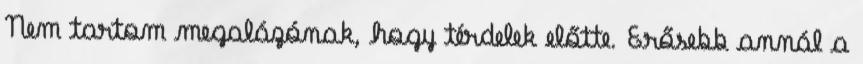
Nem tartom megalázónak, hogy térdelek előtte. Erősebb annál a